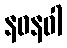
နဝနဝါ